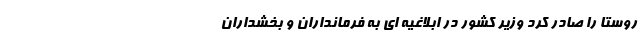
روستا را صادر کرد وزیر کشور در ابلاغیه ای به فرمانداران و بخشداران